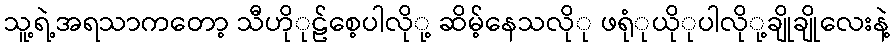
သူ့ရဲ့အရသာကတော့ သီဟိုုဠ်စေ့ပါလိုု့ ဆိမ့်နေသလိုု ဖရုုံယိုုပါလိုု့ချိုချိုလေးနဲ့